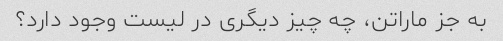
به جز ماراتن، چه چیز دیگری در لیست وجود دارد؟